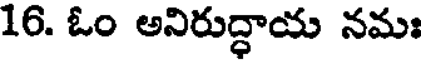
16. ఓం అనిరుద్ధాయ నమః